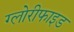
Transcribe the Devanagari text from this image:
ग्लोरीफाइड